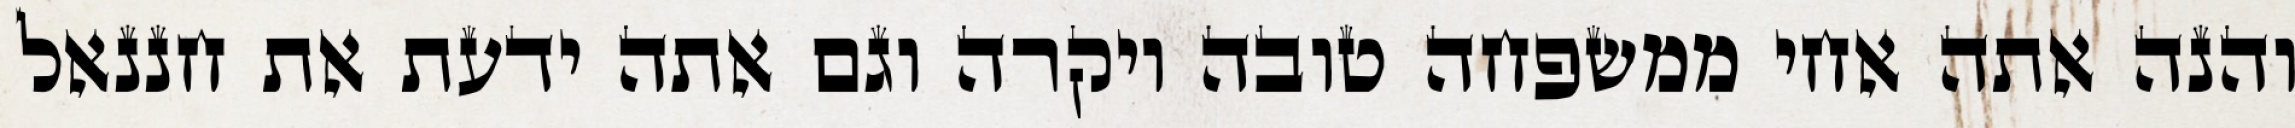
והנה אתה אחי ממשפחה טובה ויקרה וגם אתה ידעת את חננאל